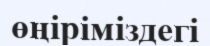
өңіріміздегі